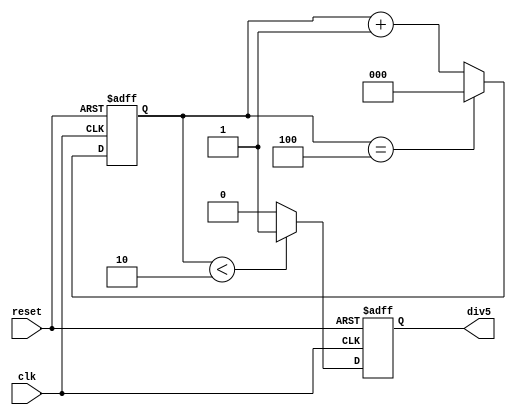
module divider5 (
    reset,
    clk,
    div5
);

input reset;
input clk;
output reg div5;

reg [2:0]cnt3;

always @(posedge clk or posedge reset)
begin
    if(reset)
    begin
        cnt3 <= 3'b000;
    end
    else
    begin
        if(cnt3 == 3'b100)
        begin
            cnt3 <= 3'b000;
        end
        else
        begin
            cnt3 <= cnt3 + 1;
        end
    end
end

always @(posedge reset or posedge clk)
begin
    if(reset)
    begin
        div5 <= 1'b0;
    end
    else if(cnt3 < 3'b010)
    begin
        div5 <= 1'b1;
    end
    else
    begin
        div5 <= 1'b0;
    end
end
    
endmodule